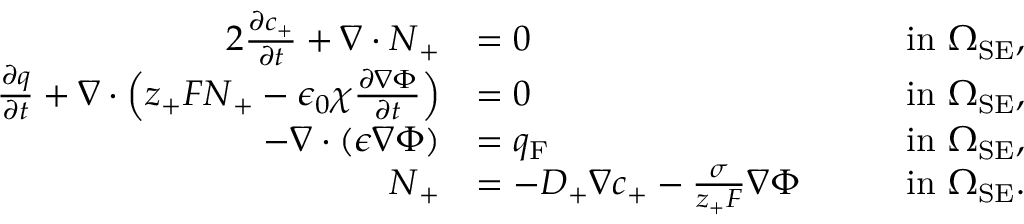
\begin{array} { r l r l } { { 2 } \frac { \partial c _ { + } } { \partial t } + \nabla \cdot \boldsymbol { N } _ { + } } & { = 0 } & & { \mathrm { i n } \ \Omega _ { \mathrm { S E } } , } \\ { \frac { \partial q } { \partial t } + \nabla \cdot \left( z _ { + } F \boldsymbol { N } _ { + } - \epsilon _ { 0 } \chi \frac { \partial \nabla \Phi } { \partial t } \right) } & { = 0 } & & { \mathrm { i n } \ \Omega _ { \mathrm { S E } } , } \\ { - \nabla \cdot ( \epsilon \nabla \Phi ) } & { = q _ { \mathrm { F } } } & & { \mathrm { i n } \ \Omega _ { \mathrm { S E } } , } \\ { \boldsymbol { N } _ { + } } & { = - D _ { + } \nabla c _ { + } - \frac { \sigma } { z _ { + } F } \nabla \Phi \quad } & & { \mathrm { i n } \ \Omega _ { \mathrm { S E } } . } \end{array}